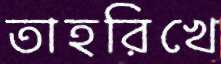
তাহরিখে